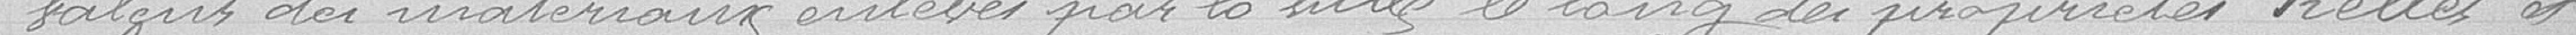
valeurs des matériaux enlevés par la rouille, le  des propriétés Kelles et